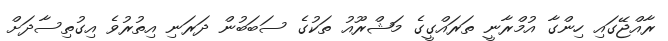
ރާއްޖޭގައި ހިންގާ އުމްރާނީ ތަރައްގީގެ މަޝްރޫއު ތަކުގެ ސަބަބުން ދަރަނި އިތުރުވެ އިގުތިސާދަށް